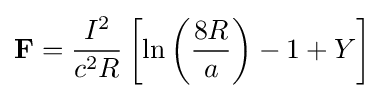
\mathbf {F} ={\dfrac {I^{2}}{c^{2}R}}\left[\ln \left({\dfrac {8R}{a}}\right)-1+Y\right]